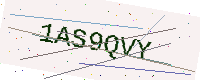
Text: 1AS9QVY